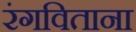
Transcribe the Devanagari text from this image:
रंगविताना